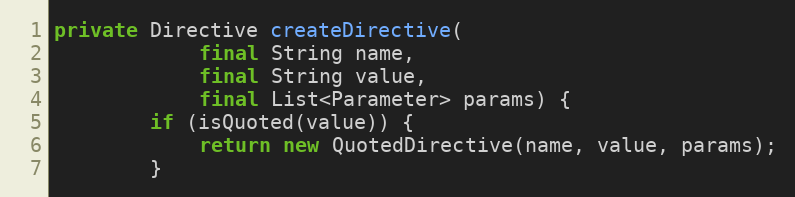
Language: Java
private Directive createDirective(
            final String name,
            final String value,
            final List<Parameter> params) {
        if (isQuoted(value)) {
            return new QuotedDirective(name, value, params);
        }